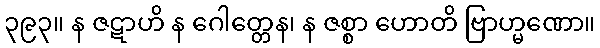
၃၉၃။ န ဇဋာဟိ န ဂေါတ္တေန၊ န ဇစ္စာ ဟောတိ ဗြာဟ္မဏော။